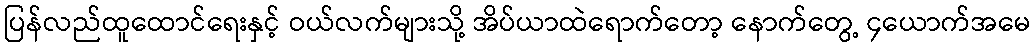
ပြန်လည်ထူထောင်ရေးနှင့် ဝယ်လက်များသို့ အိပ်ယာထဲရောက်တော့ နောက်တွေ့ ၄ယောက်အမေ